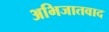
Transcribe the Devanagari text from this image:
अभिजातवाद